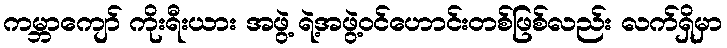
ကမ္ဘာကျော် ကိုးရီးယား အဖွဲ့ ရဲ့အဖွဲ့ဝင်ဟောင်းတစ်ဖြစ်လည်း လက်ရှိမှာ